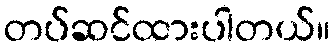
တပ်ဆင်ထားပါတယ်။